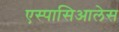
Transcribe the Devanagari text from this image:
एस्पासिआलेस